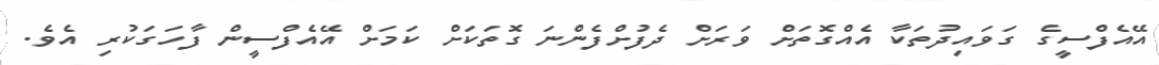
އޭއެފްސީގެ ގަވައިދުތަކާ އެއްގޮތަށް ވަރަށް ދެފުށްފެންނަ ގޮތަކަށް ކަމަށް އޭއެފްސީން ފާހަގަކުރި އެވެ.